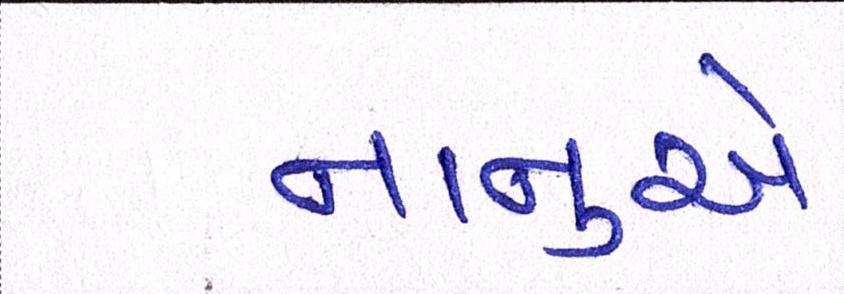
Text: નાનુએ